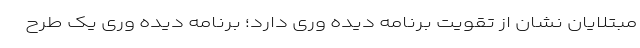
مبتلایان نشان از تقویت برنامه دیده وری دارد؛ برنامه دیده وری یک طرح